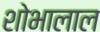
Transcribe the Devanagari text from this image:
शोभालाल